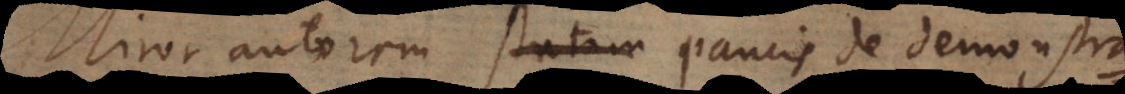
iror autorem statim paucis de demonstra